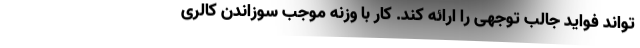
تواند فواید جالب توجهی را ارائه کند. کار با وزنه موجب سوزاندن کالری